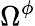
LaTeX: \Omega^{\phi}